Scottish Leaving Certificate Examination, 1959
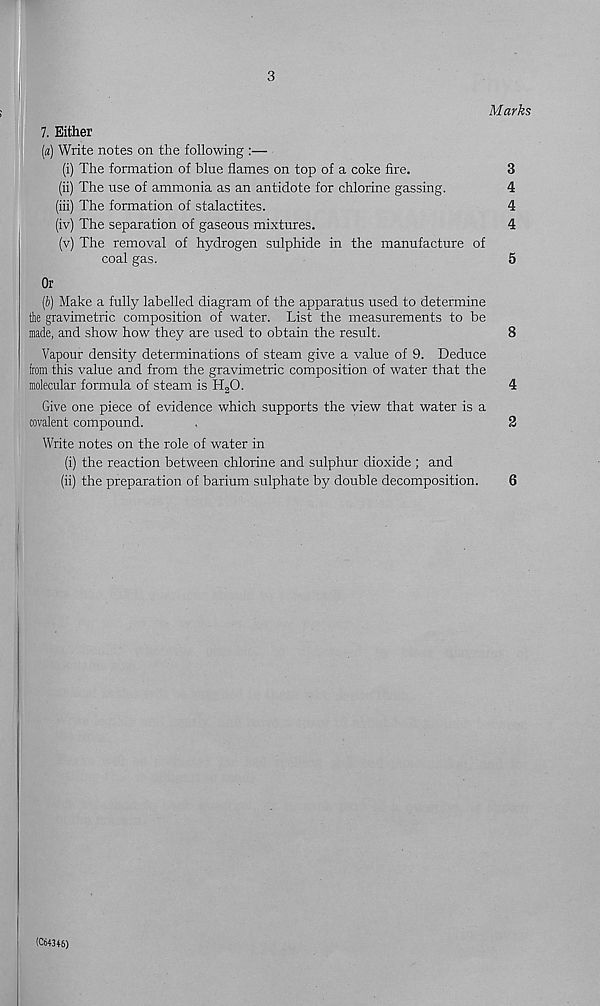
3
Marks
7. Either
(«) Write notes on the following :—
(i) The formation of blue flames on top of a coke fire.
3
(ii) The use of ammonia as an antidote for chlorine gassing.
(iii) The formation of stalactites.
(iv) The separation of gaseous mixtures.
(v) The removal of hydrogen sulphide in the manufacture of
coal gas.
5
Or
(6) Make a fully labelled diagram of the apparatus used to determine
the gravimetric composition of water. List the measurements to be
made, and show how they are used to obtain the result.
8
Vapour density determinations of steam give a value of 9. Deduce
from this value and from the gravimetric composition of water that the
molecular formula of steam is H a O.
4
Give one piece of evidence which supports the view that water is a
covalent compound.
.
2
Write notes on the role of water in
(i) the reaction between chlorine and sulphur dioxide ; and
(ii) the preparation of barium sulphate by double decomposition.
6
(C64346)
^